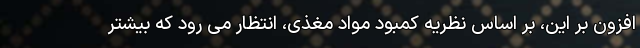
افزون بر این، بر اساس نظریه کمبود مواد مغذی، انتظار می رود که بیشتر